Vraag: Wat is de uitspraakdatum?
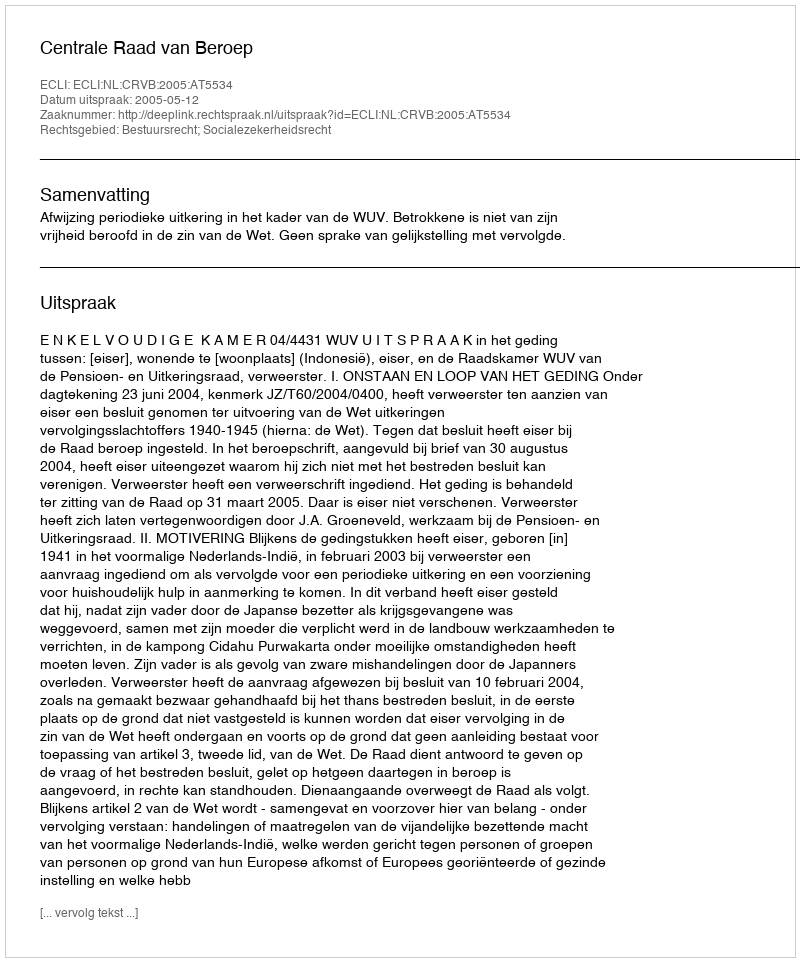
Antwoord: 2005-05-12